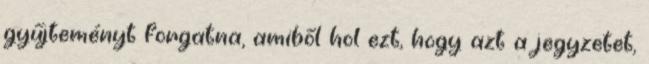
gyűjteményt forgatna, amiből hol ezt, hogy azt a jegyzetet,